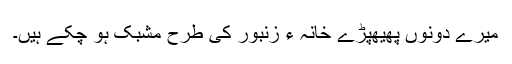
میرے دونوں پھیھپڑے خانہ ءِ زنبور کی طرح مشبک ہو چکے ہیں۔